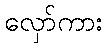
လှော်ကား